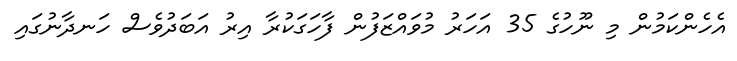
އެހެންކަމުން މި ނޫހުގެ 35 އަހަރު މުވައްޒަފުން ފާހަގަކުރާ އިރު އަބަދުވެސް ހަނދާނުގައި